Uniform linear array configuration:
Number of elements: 4
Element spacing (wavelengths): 0.25
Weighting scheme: kaiser
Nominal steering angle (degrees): -30
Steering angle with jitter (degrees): -29.004
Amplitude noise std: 0.05
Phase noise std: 0.05

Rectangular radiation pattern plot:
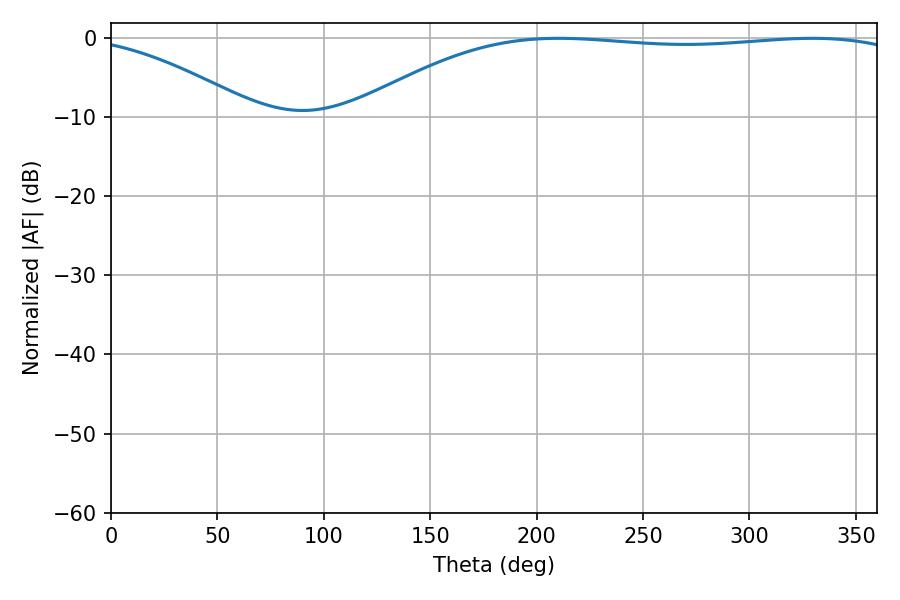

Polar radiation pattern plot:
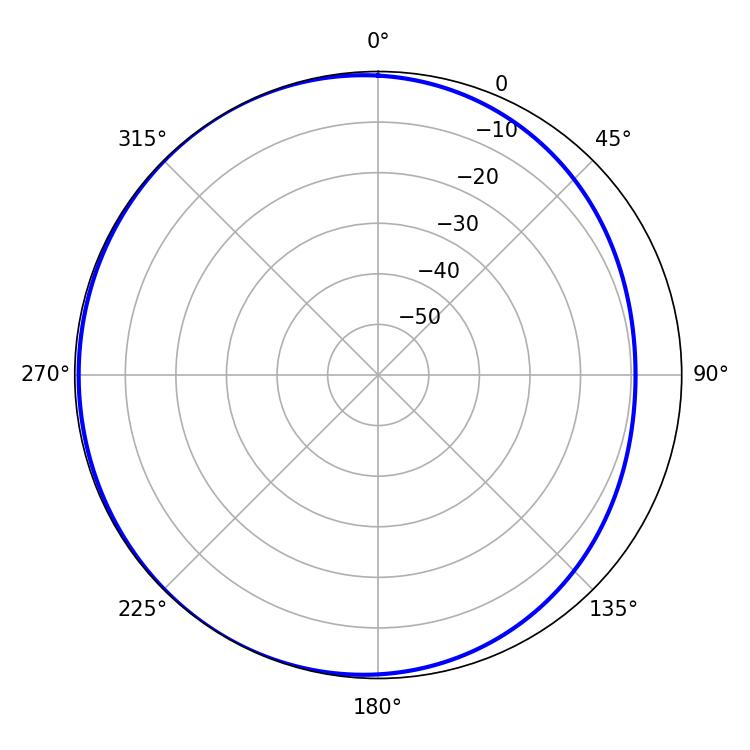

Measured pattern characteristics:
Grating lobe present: FALSE
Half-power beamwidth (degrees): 206.1
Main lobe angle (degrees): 210.42